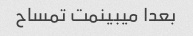
بعدا میبینمت تمساح